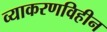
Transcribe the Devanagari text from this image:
व्याकरणविहीन